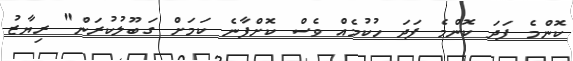
ކޮންމެ ފަދަ ކޮންމެ ފަދަ ހުކުމެއް ވެސް ކޮށްފާނެ ކަމަށް ގަބޫލުކުރަން" ރިޔާޒު